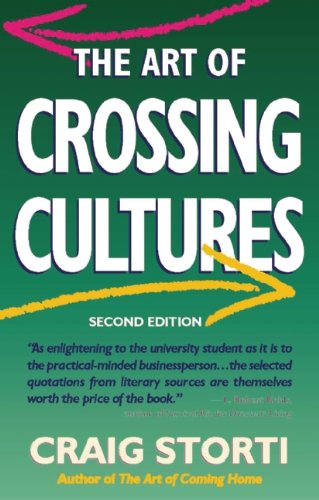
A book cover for The Art of Crossing Cultures, 2nd Edition; Craig Storti; Business & Money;